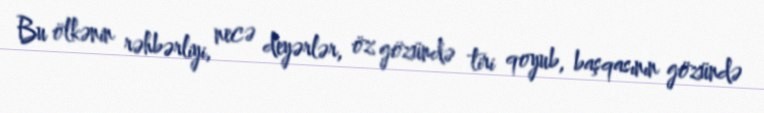
Bu ölkənin rəhbərliyi, necə deyərlər, öz gözündə tiri qoyub, başqasının gözündə